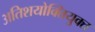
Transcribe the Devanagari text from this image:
अतिशयोक्‍तियुक्‍त